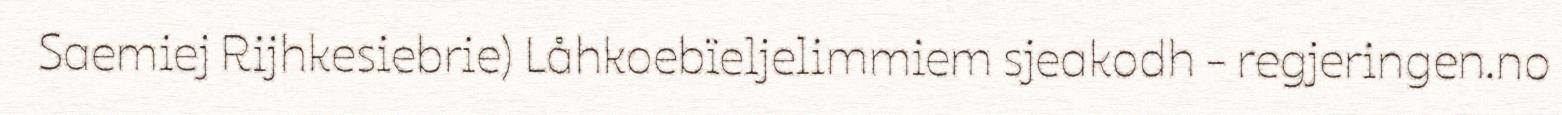
Saemiej Rijhkesiebrie) Låhkoebïeljelimmiem sjeakodh - regjeringen.no